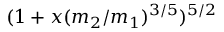
( 1 + x ( m _ { 2 } / m _ { 1 } ) ^ { 3 / 5 } ) ^ { 5 / 2 }